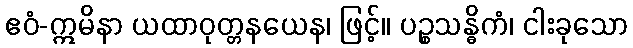
ဧဝံ-ဣမိနာ ယထာဝုတ္တနယေန၊ ဖြင့်။ ပဉ္စသန္ဓိကံ၊ ငါးခုသော